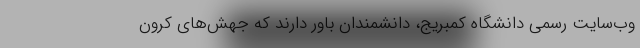
وب‌سایت رسمی دانشگاه کمبریج، دانشمندان باور دارند که جهش‌های کرون